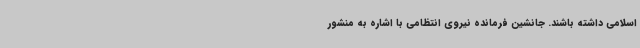
اسلامی داشته باشند. جانشین فرمانده نیروی انتظامی با اشاره به منشور